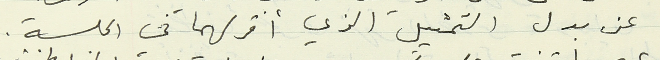
عن بدل التمثيل الذي أقر لهما في الجلسة.